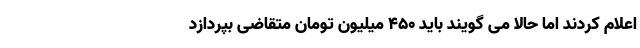
اعلام کردند اما حالا می گویند باید ۴۵۰ میلیون تومان متقاضی بپردازد